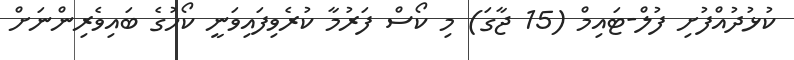
ކުޅުދުއްފުށި ފުލް-ޓައިމް (15 ޖާގަ) މި ކޯސް ފަރުމާ ކުރެވިފައިވަނީ ކޯހުގެ ބައިވެރިންނަށް